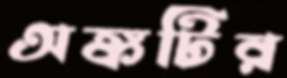
অঙ্কটির